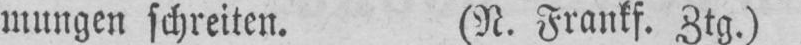
mungen schreiten. (R. Frankf. Ztg.)